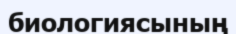
биологиясының